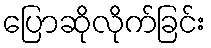
ပြောဆိုလိုက်ခြင်း